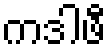
ကဒါဖီ